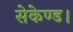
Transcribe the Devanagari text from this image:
सेकेण्ड।